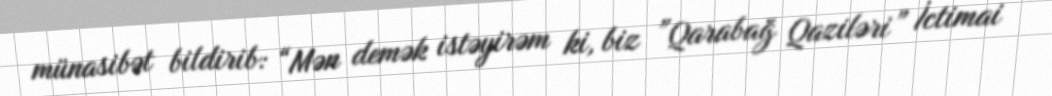
münasibət bildirib: “Mən demək istəyirəm ki, biz ”Qarabağ Qaziləri” İctimai